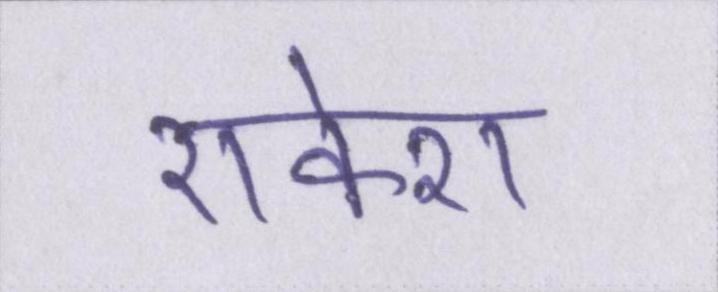
राकेश